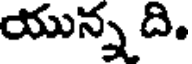
యున్న ది.